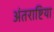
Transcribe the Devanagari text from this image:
अंतराष्टिया